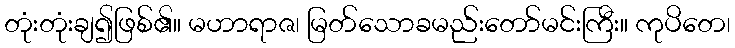
တုံးတုံးချ၍ဖြစ်၏။ မဟာရာဇ၊ မြတ်သောခမည်းတော်မင်းကြီး။ ကုပိတေ၊